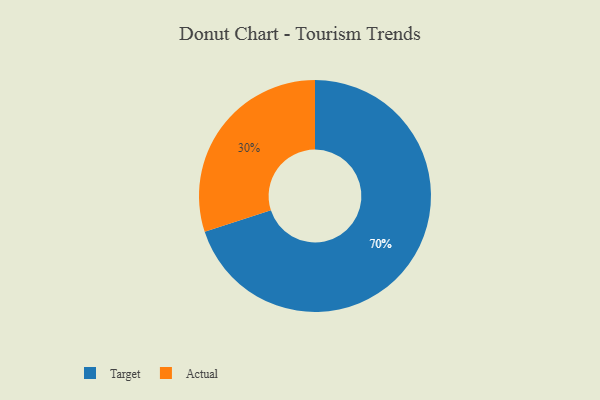
{"axis": {"x": "Category", "y": "Percentage"}, "legend": ["Actual", "Target"], "data": [{"x": "Target", "y": 70, "type": "Target"}, {"x": "Actual", "y": 30, "type": "Actual"}]}